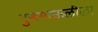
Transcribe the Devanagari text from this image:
गुरूमाऊलीला